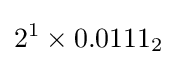
2^{1}\times 0.0111_{2}